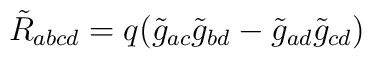
\tilde R_{abcd}=q(\tilde g_{ac}\tilde g_{bd}-\tilde g_{ad}\tilde g_{cd})